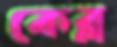
কেব্ল